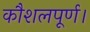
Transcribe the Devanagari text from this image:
कौशलपूर्ण।